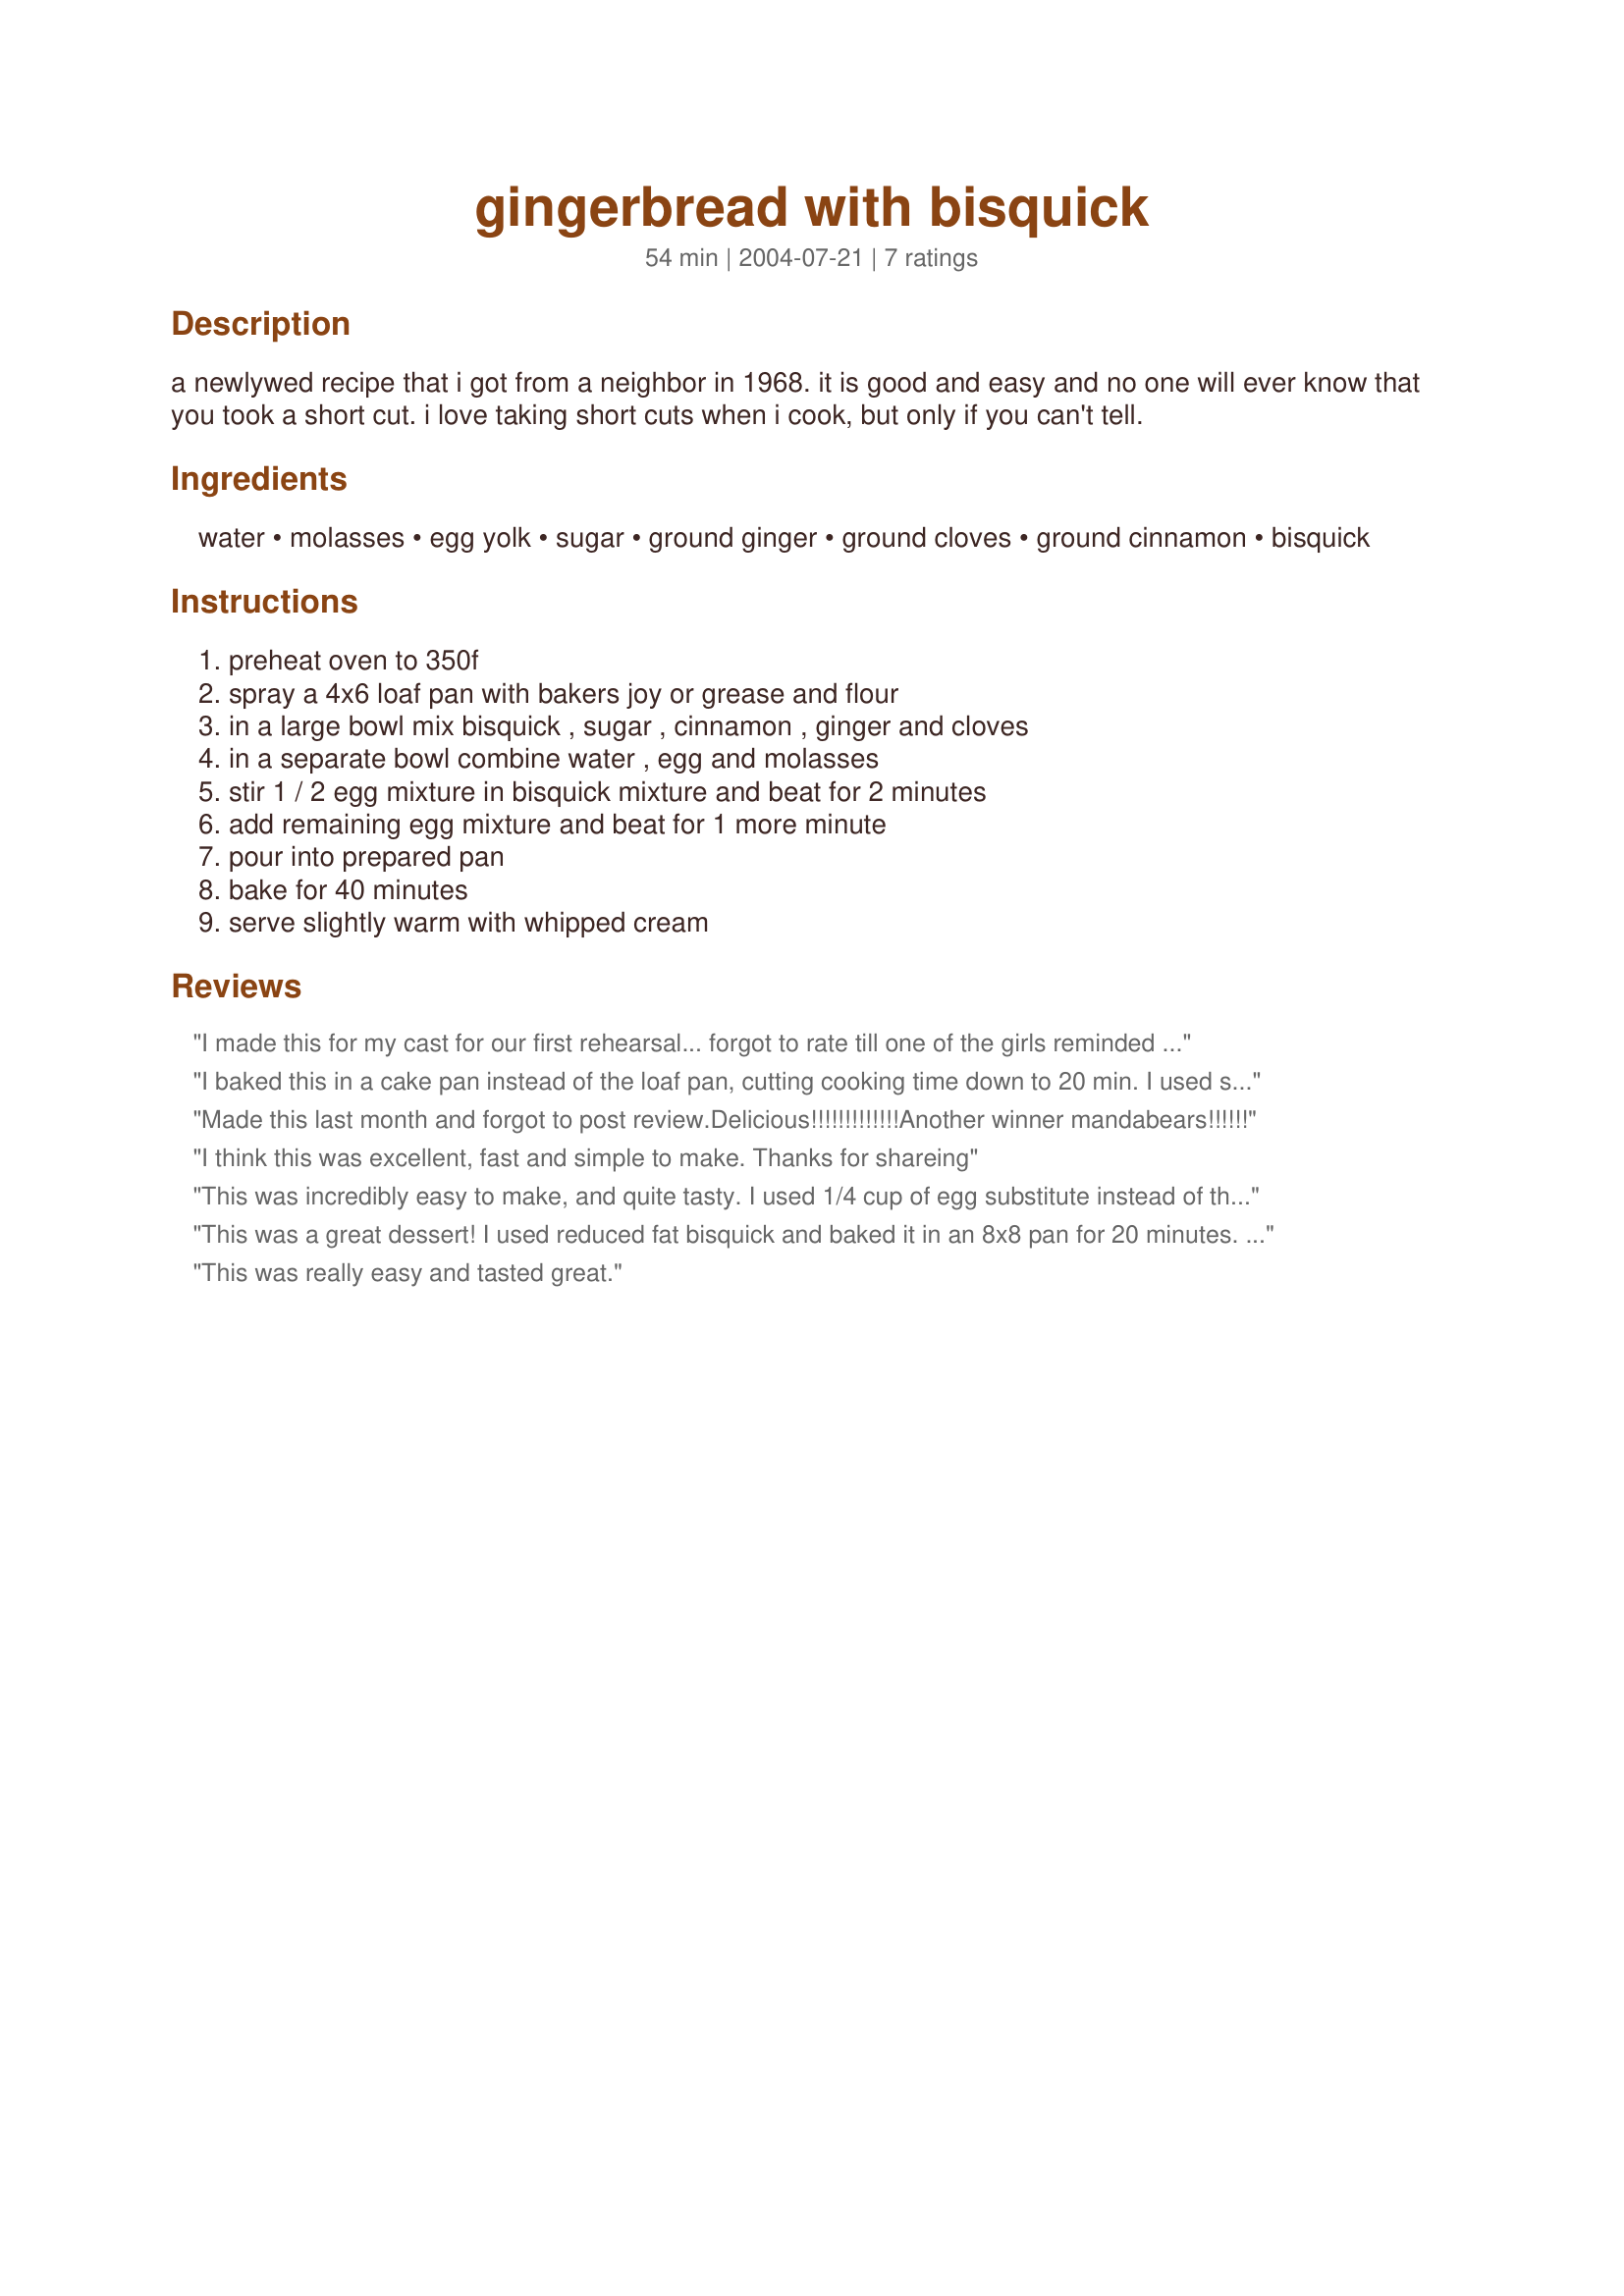
gingerbread with bisquick
Preparation time: 54 minutes

a newlywed recipe that i got from a neighbor in 1968. it is good and easy and no one will ever know that you took a short cut. i love taking short cuts when i cook, but only if you can't tell.

Ingredients:
water, molasses, egg yolk, sugar, ground ginger, ground cloves, ground cinnamon, bisquick

Steps:
preheat oven to 350f, spray a 4x6 loaf pan with bakers joy or grease and flour, in a large bowl mix bisquick , sugar , cinnamon , ginger and cloves, in a separate bowl combine water , egg and molasses, stir 1 / 2 egg mixture in bisquick mixture and beat for 2 minutes, add remaining egg mixture and beat for 1 more minute, pour into prepared pan, bake for 40 minutes, serve slightly warm with whipped cream

Reviews:
I made this for my cast for our first rehearsal... forgot to rate till one of the girls reminded me she wanted the recipe. She couldn't believe it was a bisquick recipe.
I baked this in a cake pan instead of the loaf pan, cutting cooking time down to 20 min. I used splenda in place of the sugar and it turned out terrific! I think as sweet as the molasses makes this perhaps the added 2 tablespoons of sugar could have been omitted. Great topped with the whipped cream!
Made this last month and forgot to post review.Delicious!!!!!!!!!!!!!Another winner mandabears!!!!!!
I think this was excellent, fast and simple to make. Thanks for shareing
This was incredibly easy to make, and quite tasty. I used 1/4 cup of egg substitute instead of the egg yolk, and the lowfat Bisquick, and we had it for breakfast.
This was a great dessert! I used reduced fat bisquick and baked it in an 8x8 pan for 20 minutes. It was great warm with some cool whip on top! Thanks for the easy and satisfying recipe.
This was really easy and tasted great.
